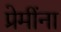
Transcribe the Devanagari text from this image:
प्रेमींना